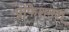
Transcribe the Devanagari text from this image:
प्रोफेशनल्